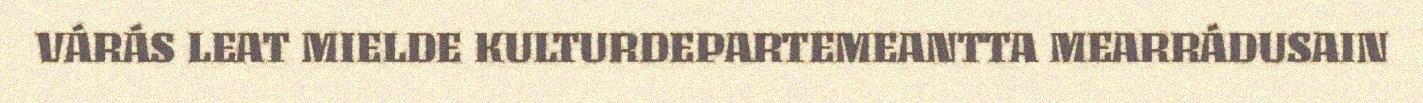
VÁRÁS LEAT MIELDE KULTURDEPARTEMEANTTA MEARRÁDUSAIN